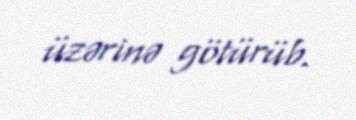
üzərinə götürüb.